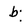
Character: b